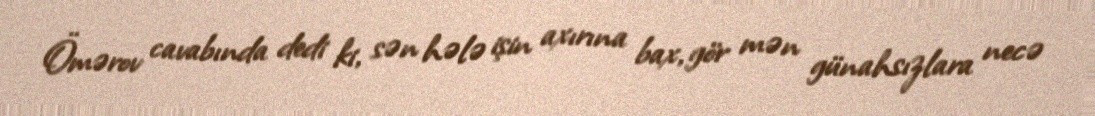
Ömərov cavabında dedi ki, sən hələ işin axırına bax, gör mən günahsızlara necə